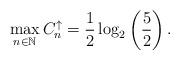
LaTeX: \begin{align*}\max_{n \in \mathbb{N}} C_n^{\uparrow} = \frac{1}{2}\log_2\left(\frac{5}{2}\right). \end{align*}